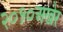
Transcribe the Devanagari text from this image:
२०१०अखेर